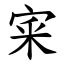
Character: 宷